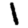
Digit: 1